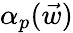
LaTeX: {\alpha}_{p}(\vec{w})